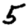
Digit: 5